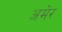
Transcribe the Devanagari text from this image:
अमेर